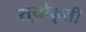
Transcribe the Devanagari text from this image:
सूर्याकृती